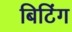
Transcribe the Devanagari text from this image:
बिटिंग